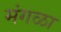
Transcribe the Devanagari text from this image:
मंगळा